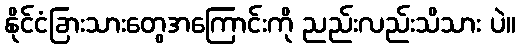
နိုင်ငံခြားသားတွေအကြောင်းကို ညည်းလည်းသိသား ပဲ။